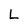
Character: L